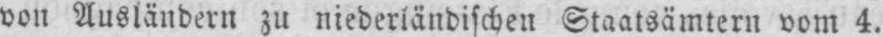
von Ausländern zu niederländischen Staatsämtern vom 4.